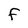
Character: F